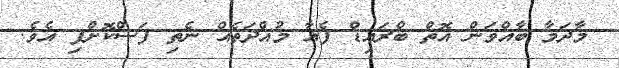
މާދަމާ ބާއްވަން އޮތް ބްރައިޑް ފެއާ މުއްދަތެއް ނެތި ފަސްކޮށްފި އެވެ.